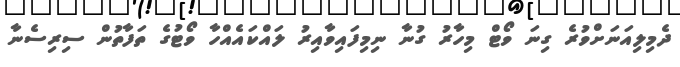
ދެމިލިއަނަށްވުރެ ގިނަ ވޯޓް މިހާރު ގުނާ ނިމިފައިވާއިރު ލައްކައެއްހާ ވޯޓުގެ ތަފާތުން ސިރިސެނާ